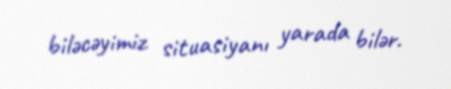
biləcəyimiz situasiyanı yarada bilər.